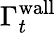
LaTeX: \Gamma_{t}^{\mathrm{wall}}